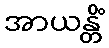
အာယန္တိံ